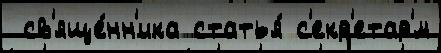
 св'яще́нн'ика статья́ с'екр'етар'́м